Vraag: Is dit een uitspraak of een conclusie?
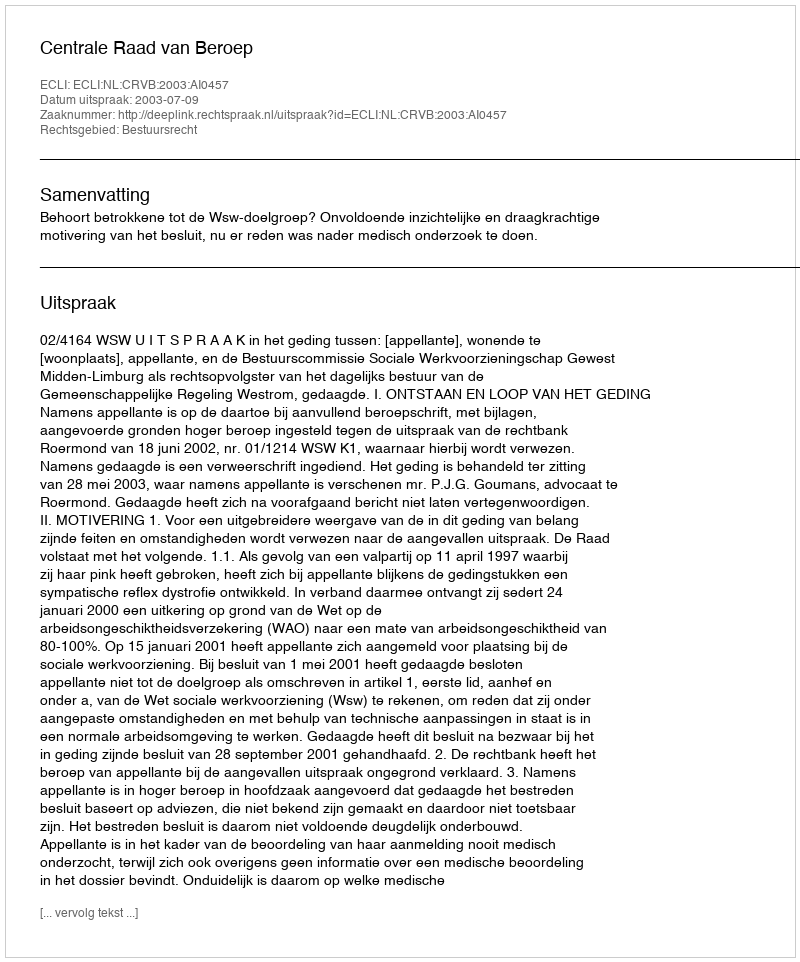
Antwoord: Uitspraak